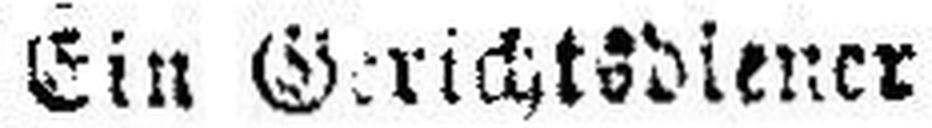
Ein Gerichtsdiener